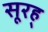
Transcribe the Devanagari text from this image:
सूरह्